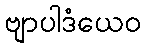
ဗျာပါဒံယေဝ